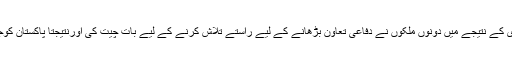
روسی پارلیمنٹ یہ بل منظورکرچکی ہے،اس قانون سازی کے نتیجے میں دونوں ملکوں نے دفاعی تعاون بڑھانے کے لیے راستے تلاش کرنے کے لیے بات چیت کی اورنتیجتاً پاکستان کوجے ایف17تھنڈر طیاروں کے انجن دینے پراتفاق ہوا ہے۔